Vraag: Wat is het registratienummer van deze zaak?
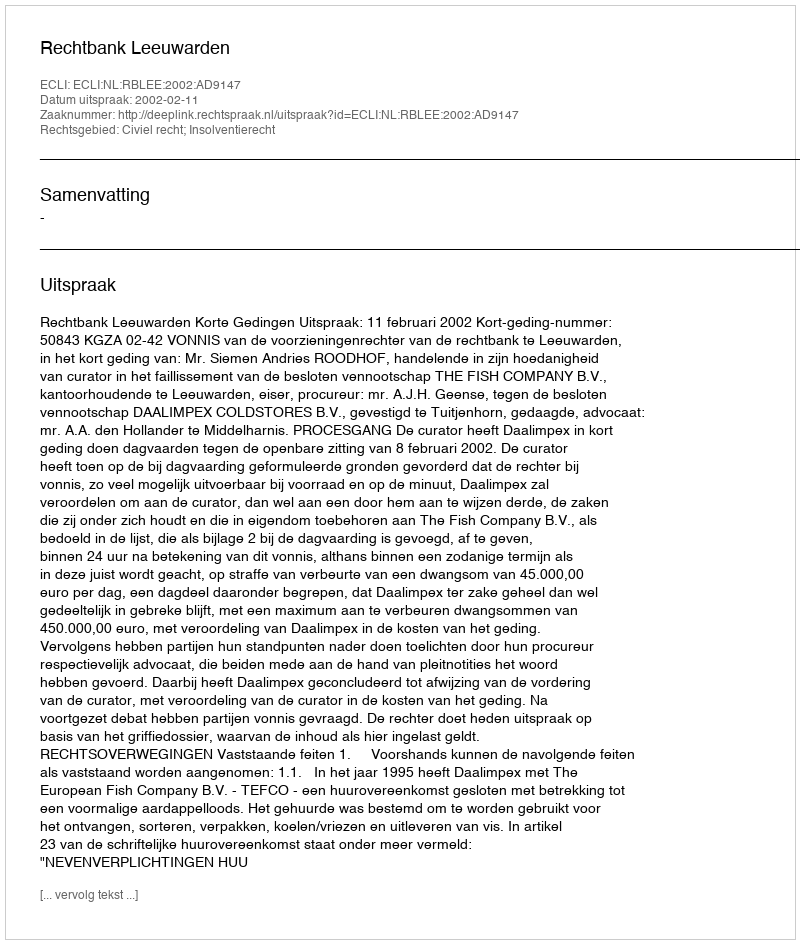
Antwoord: http://deeplink.rechtspraak.nl/uitspraak?id=ECLI:NL:RBLEE:2002:AD9147